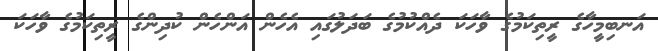
އަނބިމީހާގެ ރީތިކަމުގެ ވާހަކަ ދެއްކުމުގެ ބަދަލުގައި އެހެން އަންހެން ކުދިންގެ ރީތިކަމުގެ ވާހަކަ